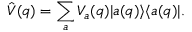
\hat { V } ( q ) = \sum _ { a } V _ { a } ( q ) | a ( q ) \rangle \langle a ( q ) | .